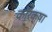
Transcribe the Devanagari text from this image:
कोरक्षा